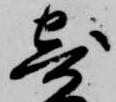
寄